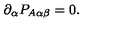
\partial _ { \alpha } P _ { A \alpha \beta } = 0 .